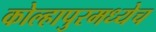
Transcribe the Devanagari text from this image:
कोल्हापुरमध्येच